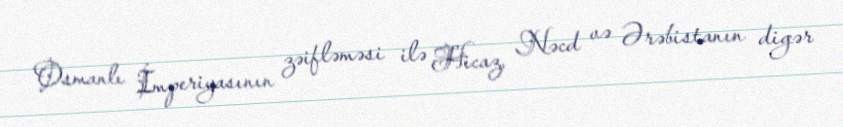
Osmanlı İmperiyasının zəifləməsi ilə Hicaz, Nəcd və Ərəbistanın digər